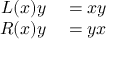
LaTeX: \begin{array} { r l } { L ( x ) y } & { { } = x y } \\ { R ( x ) y } & { { } = y x } \end{array}